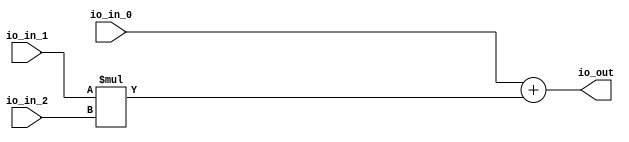
module HackBox(
	input [63: 0] io_in_0,
	input [63: 0] io_in_1,
	input [63: 0] io_in_2,
	output [63: 0] io_out
);

	assign io_out = io_in_0 + (io_in_1 * io_in_2);
endmodule